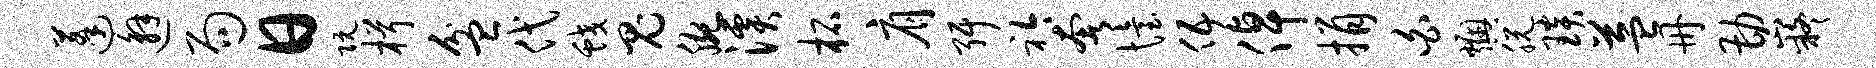
蓬邂局日阮楫盆代蛟鬼腕溪柘肩弭衿奢怡伍倬捐白燠脱琰益册勘嶷